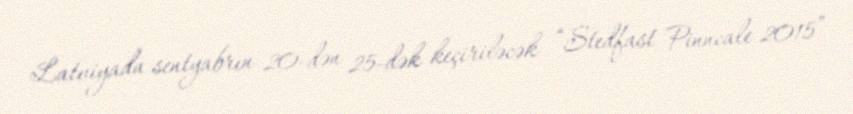
Latviyada sentyabrın 20-dən 25-dək keçiriləcək “Stedfast Pinncale 2015”